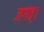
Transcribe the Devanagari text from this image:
जगत्‌।